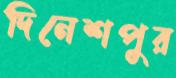
দিনেশপুর